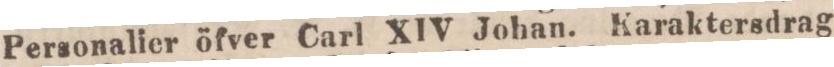
Personalier öfver Carl XIV Johan. Karaktersdrag